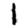
Digit: 1